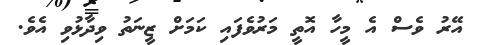
އޭރު ވެސް އެ މީހާ އޮތީ މަރުވެފައި ކަމަަށް ޒީނަތު ވިދާޅުވި އެވެ.